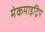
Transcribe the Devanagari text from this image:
मेकमाइट्रिप